King Institute of Preventive Medicine Micro-Biological Section reports 1909-11
Year: 1909
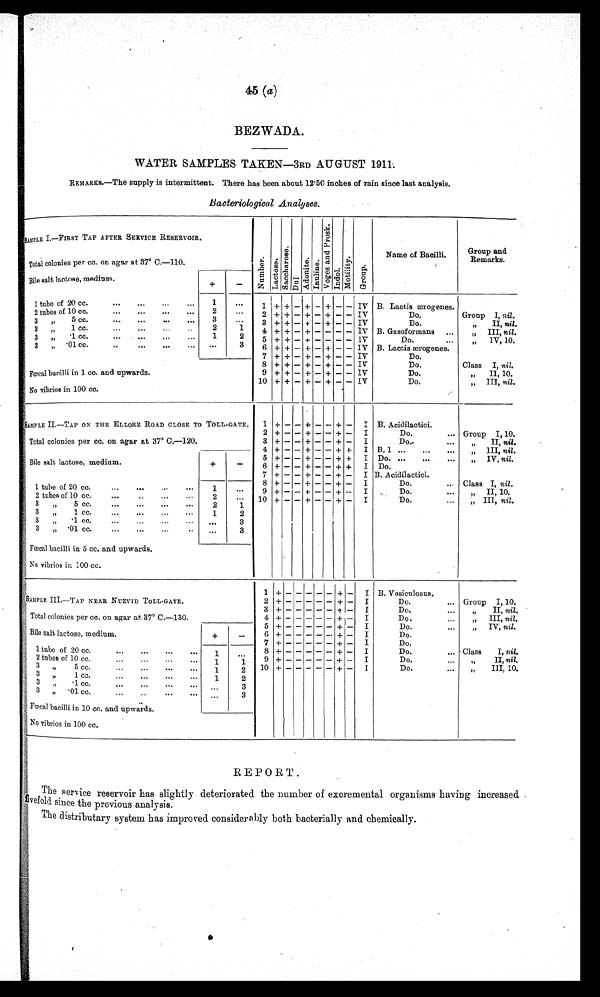
45 (a)
BEZWADA.
WATER SAMPLES TAKEN—3RD AUGUST 1911.
REMARKs.—The supply is intermittent. There has been about 12.50 inches of rain since last analysis.
Bacteriological Analyses.
SAMPLE I.—FIRST TAP AFTER SERVICE RESERVOIR.
N u m b e r L a c t o s e .
S a c c h a r o s e .
D u l
A d o n i t e . I n u l i n e .
V o g e s a n d p r o
s k .
I n d o l .
M o t i l i t y .
G r o u p .
Name of Bacilli.
Group and
Remarks.
Total colonies per cc. on agar at 37° C.—110.
Bile salt lactose, medium.
+
-
1 tube of 20 cc.
. . .
. . .
. . .
. . .
. . .
1
. . .
1 + + - + - + - - IV B. Lactis ærogenes.
2 tubes of 10 cc.
. . .
. . .
. . .
. . .
. . .
2
. . .
2 + + - + - + - - IV
Do.
Group I, nil.
3 „ 5 cc.
...
. . .
. . .
. . .
3
. . .
3 + + - + - + - - IV
Do.
„ II, nil.
3 „ 1cc.
. . .
. . .
. . .
. . .
2
1 4 + + - + - - - - IV B. Gasoformans ...
„ III, nil.
3 „ .1 cc.
. . .
. . . . . .
. . .
1
2 5 + + - + - - - - IV
Do.
...
„ IV, 10.
3 „ .01 cc.
..
...
. . .
. . . . . .
3 6 + + - + - + - - IV B. Lactis ærogenes.
7 7 + + - + - + - - IV
Do.
8 + + - + - + - - 1V
Do.
Class I, nil.
Fœcal bacilli in 1 cc. and upwards.
9 + + - + - + - - IV
Do.
, , II, 10.
No vibrios in 100 cc.
10 + + - + - +
-
- IV
Do.
,, III, nil.
SAMPLE II—TAP ON THE ELLORE ROAD CLOSE TO TOLL-GATE. 1 + - - + - - + - I B. Acidilactici.
2 + - - + - - + - I
Do.
... Group I, 10.
Total colonies per cc. on agar at 37° C.—120.
3 + - - + - - + - I
Do . . . . .
, , II, nil.
4 + - - + - - + + I B.1 ... ... ... ... „ III, nil.
5 + - - + - - + + I Do. ... ... ... „ IV, nil.
Bile salt lactose, medium.
+
-
6 + - - + - - + + I Do.
7 + - - + - - + - I
B. Acidilactici.
8 + - - + - - + - I
Do. . . .
Class I, nil.
1 tube of 20 cc.
. . .
. . .
. . .
. . . 1
. . .
9 + - - + - - + - I
D o . . . .
, ,
I I ,
n i l l .
2 tubes of 10 cc.
. . .
. . .
. . .
. . .
2
. . . 10 + - - + - - + - I
Do. . . .
, ,
I I I , 10.
3 „ 5 cc.
. . .
. . .
. . . . .
2
1
3 „ 1 cc.
...
. . .
. . .
. . . 1
2
3 „ .1 cc.
. . .
. . .
. . .
. . . ...
3
3 „ 01 cc.
. . .
. . .
. . .
. . . . . .
3
Fœcal bacilli in 5cc. and upwards.
No vibrios in 100 cc.
1 + - - - - - + - I B. B.Vesiculosus.
SAMPLE III.—TAP NEAR NUZVID TOLL-GATE.
2 + - - - - - + - I
Do.
... Group I, 10.
3 + - - - - - + -
I
Do . . . .
, , II, nil.
Total colonies per cc. on agar at 37° C.—130.
4 + - - - - - + - I
Do.
...
, , III, nil.
5 + - - - - - + - I
Do . . . .
, , IV, nil.
Bile salt lactose, medium.
+
-
6 + - - - - - + - I
Do.
7 + - - - - - + - I
Do.
1 tube of 20 cc.
. . .
. . .
. . .
. . .
1
. . . 8 + - - - - - + - I
Do.
... Class I, nil.
tubes of 10 cc.
. . .
. . .
. . .
. . .
1
1
9 + - - - - - + - I
Do . . . .
, , II, nil.
. 3 ,, 5 cc.
. . .
. . .
. . .
. . . 1
2
1 0 + - - - - - + - I
Do.
...
, , III, 10.
3
,,
1 cc.
. . .
. . .
. . .
. . .
1
2
3 ,,.1cc..
. . .
. . .
. . .
. . .
. . .
3
3
, ,
0 1 c c . .
. . .
. . .
. . .
. . . ...
3
Fœcal bacilli in 10 cc. and upwards.
No vibrios in 100 cc.
REPORT.
The service reservoir has slightly deteriorated the number of excremental organisms having increased,
vefold. since the previous analysis.
The distributary system has improved considerably both bacterially and chemically.